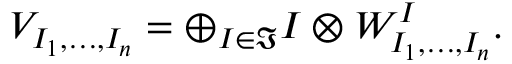
V _ { I _ { 1 } , \dots , I _ { n } } = \oplus _ { I \in \Im } I \otimes W _ { I _ { 1 } , \dots , I _ { n } } ^ { I } .